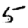
Digit: 5